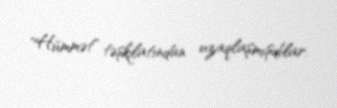
"Hümmət" təşkilatından uzaqlaşmışdılar.